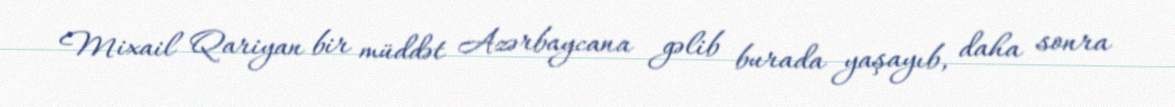
Mixail Qariyan bir müddət Azərbaycana gəlib burada yaşayıb, daha sonra